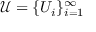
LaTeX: { \mathcal { U } } = \{ U _ { i } \} _ { i = 1 } ^ { \infty }